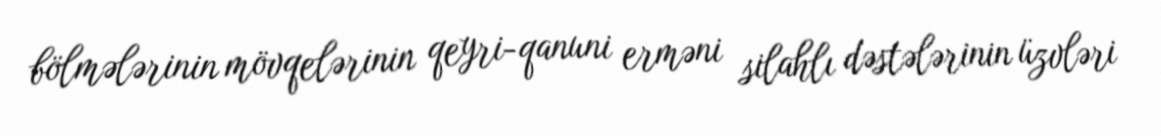
bölmələrinin mövqelərinin qeyri-qanuni erməni silahlı dəstələrinin üzvləri